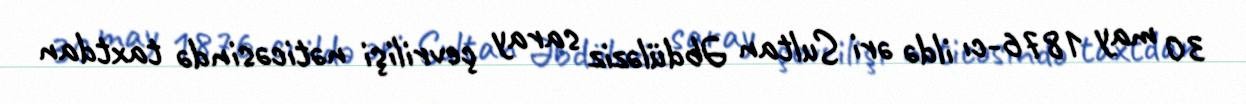
30 may 1876-cı ildə əri Sultan Əbdüləziz saray çevrilişi nəticəsində taxtdan